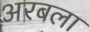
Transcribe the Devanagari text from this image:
अरबला